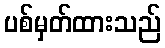
ပစ်မှတ်ထားသည်